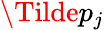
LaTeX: \Tilde{p}_{j}